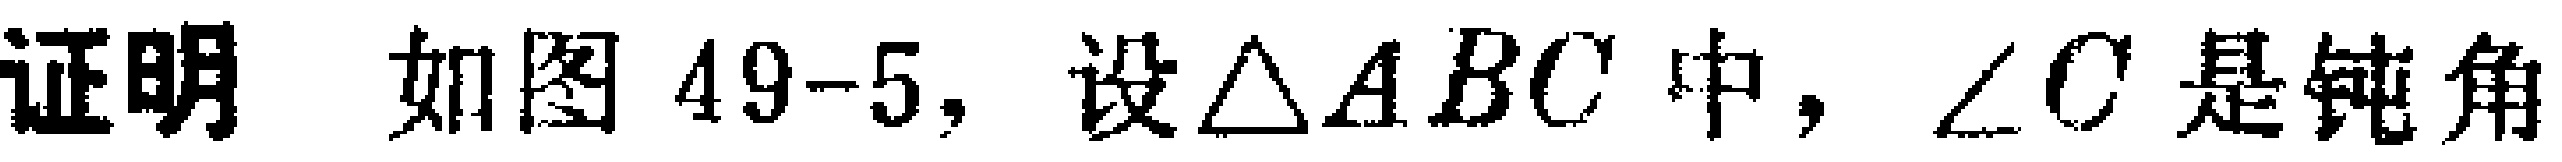
证明 如图49-5，设$\triangle ABC$中，$\angle C$是钝角